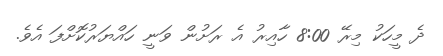
ދެ މީހަކު މިރޭ 8:00 ހާއިރު އެ ރަށުން ވަނީ ހައްޔަރުކޮށްފަ އެވެ.